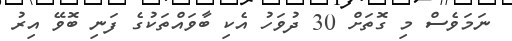
ނަމަވެސް މި ގޮތަށް 30 ދުވަހު އެކި ބާވައްތަކުގެ ފަނި ބޮވޭ އިރު